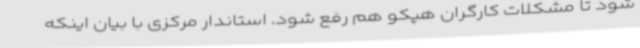
شود تا مشکلات کارگران هپکو هم رفع شود. استاندار مرکزی با بیان اینکه